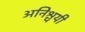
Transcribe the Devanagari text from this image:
अनिश्चयी